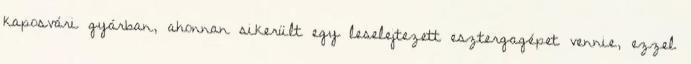
kaposvári gyárban, ahonnan sikerült egy leselejtezett esztergagépet vennie, ezzel